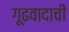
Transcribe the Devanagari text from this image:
गूढवादाची